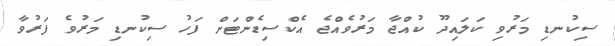
ސިކުނޑި މަރުވި ކަލައިދޫ ކުއްޖާ މަރުވެއްޖެ އެކްސިޑެންޓަށް ފަހު ސިކުނޑި މަރުވެ ފަރުވާ